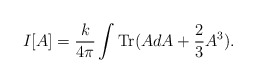
\begin{align*}I[A] = \frac{k}{4\pi} \int \mbox{Tr} (A dA + \frac{2}{3} A^3).\end{align*}